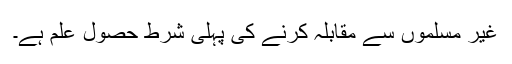
غیر مسلموں سے مقابلہ کرنے کی پہلی شرط حصول علم ہے۔